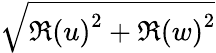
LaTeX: \sqrt{\Re{(u)}^{2}+\Re{(w)}^{2}}